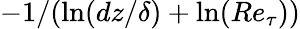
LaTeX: -1/(\ln(dz/\delta)+\ln(Re_{\tau}))